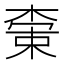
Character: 𬃭